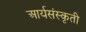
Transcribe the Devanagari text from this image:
आर्यसंस्कृती